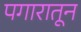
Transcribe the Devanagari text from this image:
पगारातून